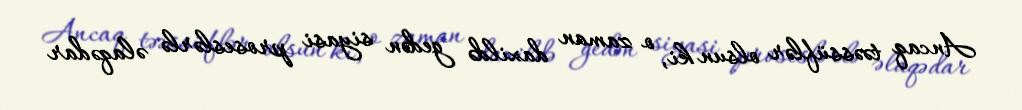
Ancaq təəssüflər olsun ki, o zaman daxildə gedən siyasi proseslərlə əlaqədar